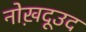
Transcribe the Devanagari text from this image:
नोख़दूउद